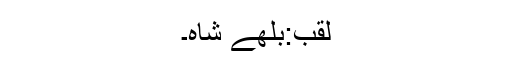
لقب:بلھے شاہ۔